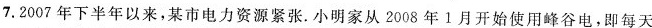
7.2007年下半年以来，某市电力资源紧张。小明家从2008年1月开始使用峰谷电，即每天